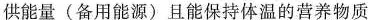
供能量 (备用能源) 且能保持体温的营养物质